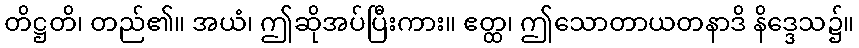
တိဋ္ဌတိ၊ တည်၏။ အယံ၊ ဤဆိုအပ်ပြီးကား။ ဧတ္ထ၊ ဤသောတာယတနာဒိ နိဒ္ဒေသ၌။